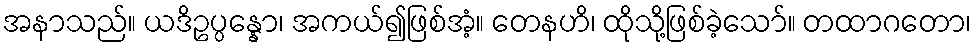
အနာသည်။ ယဒိဥပ္ပန္နော၊ အကယ်၍ဖြစ်အံ့။ တေနဟိ၊ ထိုသို့ဖြစ်ခဲ့သော်။ တထာဂတော၊